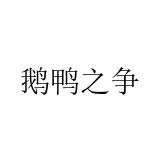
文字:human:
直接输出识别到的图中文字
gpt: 鹅鸭之争